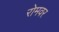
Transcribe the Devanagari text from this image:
रोमवर